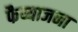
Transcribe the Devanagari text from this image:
फैय्याजना